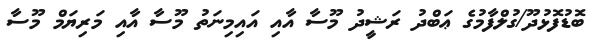
ބޮޑުފޮޅުދޫ/ގުލްފާމުގެ ޢަބްދު ރަޝީދު މޫސާ އާއި އައިމިނަތު މޫސާ އާއި މަރިޔަމް މޫސާ